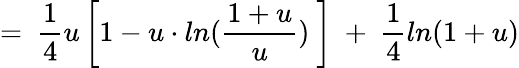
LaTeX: =\ \frac{1}{4}u\left[1-u\cdot ln(\frac{1+u}{u})\ \right]\ +\ \frac{1}{4}ln(1+u)